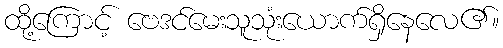
ထို့ကြောင့် ဗေဒင်မေးသူသုံးယောက်ရှိနေလေ၏။